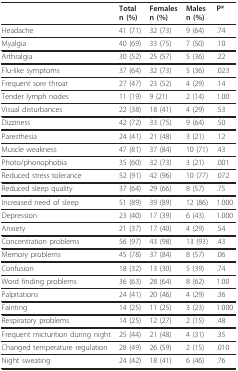
<table><thead><tr><td></td><td><b>Totaln (%)</b></td><td><b>Femalesn (%)</b></td><td><b>Malesn (%)</b></td><td><b>P*</b></td></tr></thead><tbody><tr><td>Headache</td><td>41 (71)</td><td>32 (73)</td><td>9 (64)</td><td>.74</td></tr><tr><td>Myalgia</td><td>40 (69)</td><td>33 (75)</td><td>7 (50)</td><td>.10</td></tr><tr><td>Arthralgia</td><td>30 (52)</td><td>25 (57)</td><td>5 (36)</td><td>.22</td></tr><tr><td>Flu-like symptoms</td><td>37 (64)</td><td>32 (73)</td><td>5 (36)</td><td>.023</td></tr><tr><td>Frequent sore throat</td><td>27 (47)</td><td>23 (52)</td><td>4 (29)</td><td>.14</td></tr><tr><td>Tender lymph nodes</td><td>11 (19)</td><td>9 (21)</td><td>2 (14)</td><td>1.00</td></tr><tr><td>Visual disturbances</td><td>22 (38)</td><td>18 (41)</td><td>4 (29)</td><td>.53</td></tr><tr><td>Dizziness</td><td>42 (72)</td><td>33 (75)</td><td>9 (64)</td><td>.50</td></tr><tr><td>Paresthesia</td><td>24 (41)</td><td>21 (48)</td><td>3 (21)</td><td>.12</td></tr><tr><td>Muscle weakness</td><td>47 (81)</td><td>37 (84)</td><td>10 (71)</td><td>.43</td></tr><tr><td>Photo/phonophobia</td><td>35 (60)</td><td>32 (73)</td><td>3 (21)</td><td>.001</td></tr><tr><td>Reduced stress tolerance</td><td>52 (91)</td><td>42 (96)</td><td>10 (77)</td><td>.072</td></tr><tr><td>Reduced sleep quality</td><td>37 (64)</td><td>29 (66)</td><td>8 (57)</td><td>.75</td></tr><tr><td>Increased need of sleep</td><td>51 (89)</td><td>39 (89)</td><td>12 (86)</td><td>1.000</td></tr><tr><td>Depression</td><td>23 (40)</td><td>17 (39)</td><td>6 (43)</td><td>1.000</td></tr><tr><td>Anxiety</td><td>21 (37)</td><td>17 (40)</td><td>4 (29)</td><td>.54</td></tr><tr><td>Concentration problems</td><td>56 (97)</td><td>43 (98)</td><td>13 (93)</td><td>.43</td></tr><tr><td>Memory problems</td><td>45 (78)</td><td>37 (84)</td><td>8 (57)</td><td>.06</td></tr><tr><td>Confusion</td><td>18 (32)</td><td>13 (30)</td><td>5 (39)</td><td>.74</td></tr><tr><td>Word finding problems</td><td>36 (63)</td><td>28 (64)</td><td>8 (62)</td><td>1.00</td></tr><tr><td>Palpitations</td><td>24 (41)</td><td>20 (46)</td><td>4 (29)</td><td>.36</td></tr><tr><td>Fainting</td><td>14 (25)</td><td>11 (25)</td><td>3 (23)</td><td>1.000</td></tr><tr><td>Respiratory problems</td><td>14 (25)</td><td>12 (27)</td><td>2 (15)</td><td>.48</td></tr><tr><td>Frequent micturition during night</td><td>25 (44)</td><td>21 (48)</td><td>4 (31)</td><td>.35</td></tr><tr><td>Changed temperature regulation</td><td>28 (49)</td><td>26 (59)</td><td>2 (15)</td><td>.010</td></tr><tr><td>Night sweating</td><td>24 (42)</td><td>18 (41)</td><td>6 (46)</td><td>.76</td></tr></tbody></table>